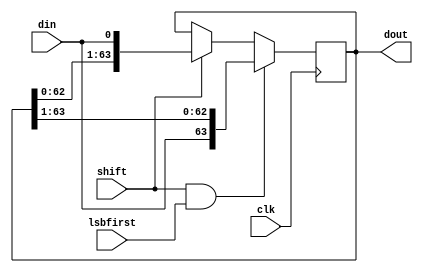
//#############################################################################
//# Purpose: Serial to Parallel Converter                                     #
//#############################################################################
//# Author:   Andreas Olofsson                                                #
//# License:  MIT (see LICENSE file in OH! repository)                        # 
//#############################################################################

module oh_ser2par #(parameter PW = 64, // parallel packet width
		    parameter SW = 1,   // serial packet width
		    parameter CW = $clog2(PW/SW)  // serialization factor (for counter)
		    )
   (
    input 		clk, // sampling clock   
    input [SW-1:0] 	din, // serial data
    output reg [PW-1:0] dout, // parallel data  
    input 		lsbfirst, // lsb first order
    input 		shift      // shift the shifter
    );
   
   reg [CW-1:0]    count;
   wire [PW-1:0]   shiftdata;

   always @ (posedge clk)
     if(shift & lsbfirst)
       dout[PW-1:0] <= {din[SW-1:0],dout[PW-1:SW]};
     else if(shift)
       dout[PW-1:0] <= {dout[PW-SW-1:0],din[SW-1:0]};
   
endmodule // oh_ser2par